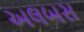
અલબસ